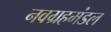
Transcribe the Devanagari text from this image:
नवग्रहमंडल